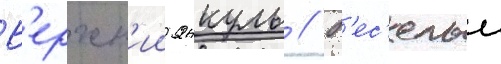
В'ерхн'ии янкуль // В'ес'елыи